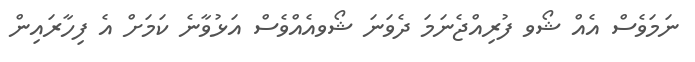
ނަމަވެސް އެއް ޝޯވ ފުރިއްޖެނަމަ ދެވަނަ ޝޯވއެއްވެސް އަޅުވާނެ ކަމަށް އެ ފިހާރައިން